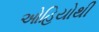
ઓહિયોથી